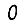
Digit: 0